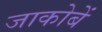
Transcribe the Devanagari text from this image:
जाकोबें